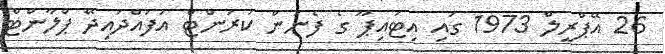
26 އޭޕްރީލް 1973 ގައި އިޓައިޕޫ ގެ ފެނުން ކަރަންޓް އުފައްދައިދޭ ޕްލާންޓް